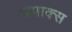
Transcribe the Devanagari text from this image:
अपाक्स